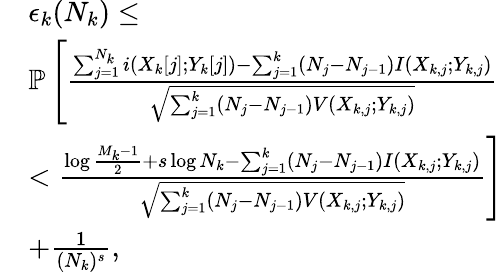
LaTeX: \begin{array}{rl}&{\epsilon_{k}(N_{k})\leq}\\ &{\mathbb{P}\left[\frac{\sum_{j=1}^{N_{k}}i(X_{k}[j];Y_{k}[j])-\sum_{j=1}^{k}(N_{j}-N_{j-1})I(X_{k,j};Y_{k,j})}{\sqrt{\sum_{j=1}^{k}(N_{j}-N_{j-1})V(X_{k,j};Y_{k,j})}}\right.}\\ &{<\left.\frac{\log\frac{M_{k}-1}{2}+s\log N_{k}-\sum_{j=1}^{k}(N_{j}-N_{j-1})I(X_{k,j};Y_{k,j})}{\sqrt{\sum_{j=1}^{k}(N_{j}-N_{j-1})V(X_{k,j};Y_{k,j})}}\right]}\\ &{+\frac{1}{(N_{k})^{s}},}\end{array}